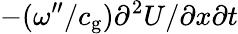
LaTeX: -(\omega^{\prime\prime}/c_{\mathrm{g}})\partial^{2}U/\partial x\partial t